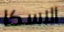
الاسكا